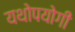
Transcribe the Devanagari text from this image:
यथोपयोगी